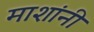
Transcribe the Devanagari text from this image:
माशांनी